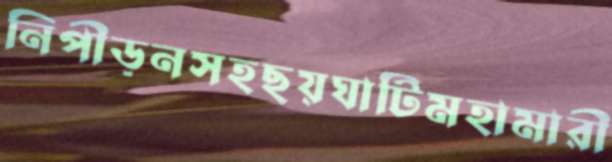
নিপীড়নসহছয়ঘাটিমহামারী